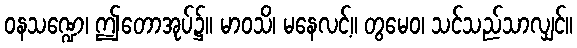
ဝနသဏ္ဍေ၊ ဤတောအုပ်၌။ မာဝသိ၊ မနေလင့်။ တွမေဝ၊ သင်သည်သာလျှင်။